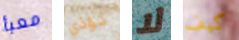
معبأ تؤذي لا كيف